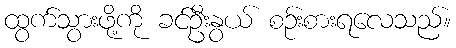
ထွက်သွားဖို့ကို ခင်ဦးနွယ် စဉ်းစားရလေသည်။